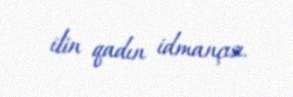
ilin qadın idmançısı.